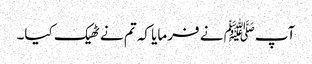
آپﷺ نے فرمایا کہ تم نے ٹھیک کیا۔